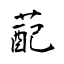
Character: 蓜